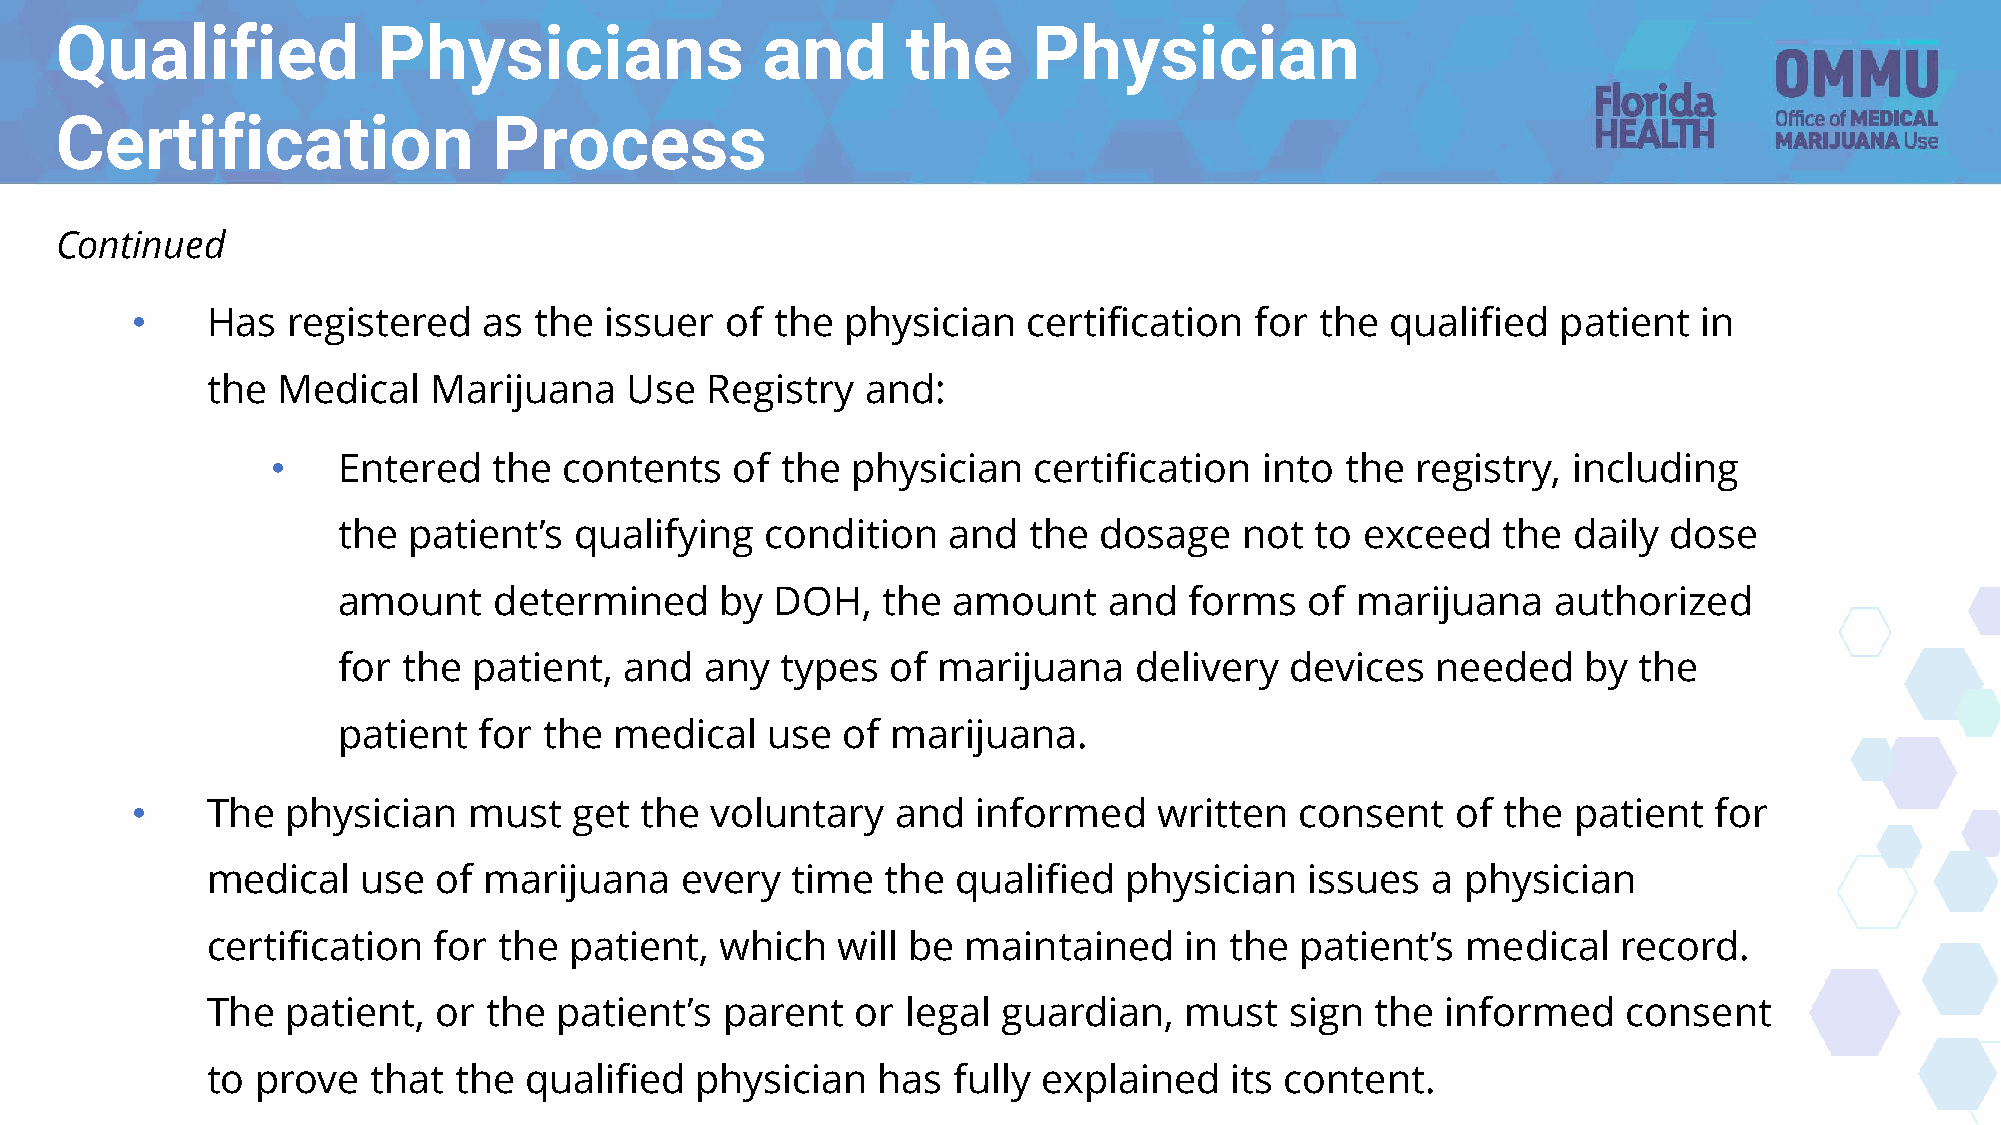
Qualified            Physicians               and       the     Physician
 Certification                Process
 Continued
 •    Has  registered   as the  issuer  of the  physician   certification  for the  qualified  patient   in
 the Medical   Marijuana    Use   Registry  and:
 •   Entered    the contents    of the physician   certification   into the  registry, including
 the  patient’s  qualifying   condition   and  the  dosage   not  to exceed   the  daily dose
 amount     determined     by DOH,   the  amount    and   forms   of marijuana    authorized
 for  the patient,  and   any  types  of marijuana    delivery  devices   needed    by the
 patient   for the  medical   use  of marijuana.
 •    The  physician   must   get the  voluntary   and   informed    written  consent   of the  patient  for
 medical   use  of marijuana    every  time   the qualified  physician    issues  a physician
 certification  for the  patient,  which  will be  maintained    in the  patient’s  medical   record.
 The  patient,  or the  patient’s  parent   or legal guardian,   must   sign  the  informed    consent
 to prove  that  the  qualified  physician   has  fully explained   its content.